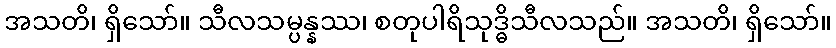
အသတိ၊ ရှိသော်။ သီလသမ္ပန္နဿ၊ စတုပါရိသုဒ္ဓိသီလသည်။ အသတိ၊ ရှိသော်။